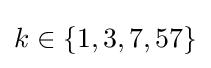
k\in \{1,3,7,57\}